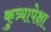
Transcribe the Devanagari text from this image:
कुत्र्यापेक्षा